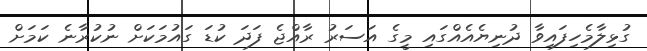
ގުޅިލާމެހިފައިވާ ދުނިޔެއެއްގައި މީގެ އަސަރު ރާއްޖެ ފަދަ ކުޑަ ގައުމަކަށް ނުކުރާނެ ކަމަށް